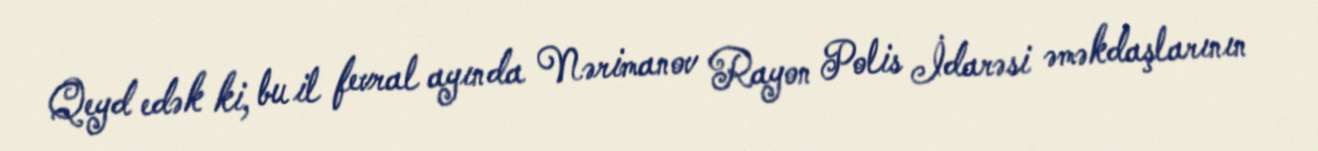
Qeyd edək ki, bu il fevral ayında Nərimanov Rayon Polis İdarəsi əməkdaşlarının